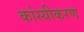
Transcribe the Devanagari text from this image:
कांस्यीकरण